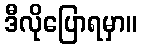
ဒီလိုပြောရမှာ။